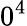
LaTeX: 0^{4}